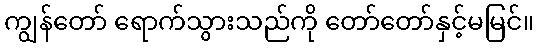
ကျွန်တော် ရောက်သွားသည်ကို တော်တော်နှင့်မမြင်။